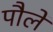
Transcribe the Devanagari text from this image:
पौलें